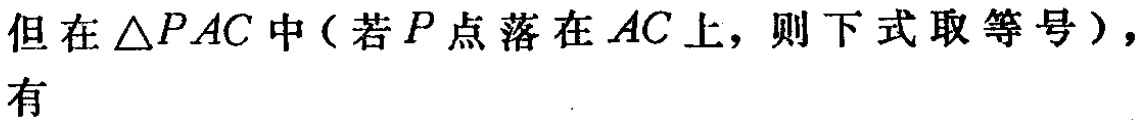
但在$\triangle PAC$中（若$P$点落在$AC$上，则下式取等号），有